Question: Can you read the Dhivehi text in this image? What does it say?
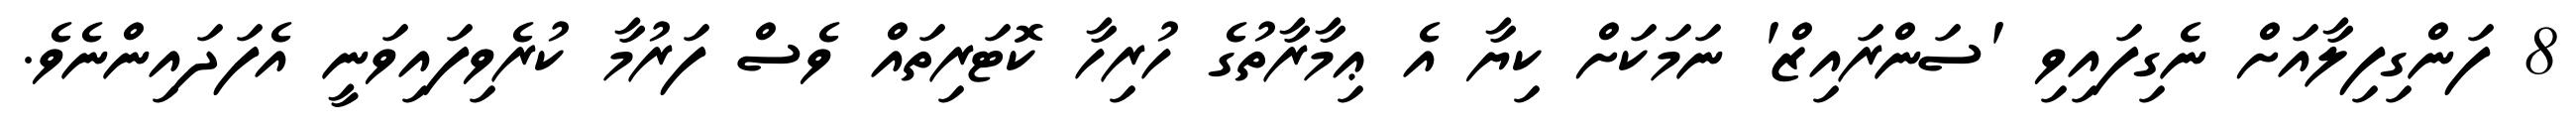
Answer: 8 ފަންގިފިލާއަށް ނެގިފައިވި 'ސަންރައިޒް' ނަމަކަށް ކިޔާ އެ ޢިމާރާތުގެ ހުރިހާ ކޮޓަރިތައް ވެސް ފަރުމާ ކުރެވިފައިވަނީ އެފަދައިންނެވެ.